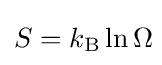
S=k_{\rm {B}}\ln \Omega \!